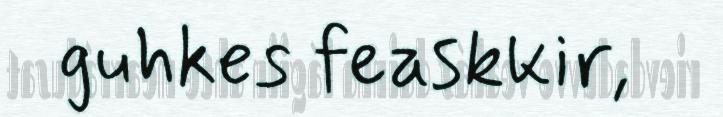
guhkes feaskkir,